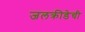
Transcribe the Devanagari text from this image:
जलक्रीडेची